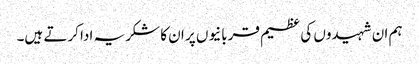
ہم ان شہیدوں کی عظیم قربانیوں پر ان کا شکریہ ادا کرتے ہیں۔